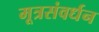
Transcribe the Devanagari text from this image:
मूत्रसंवर्धन